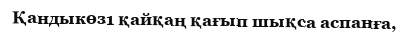
Қандыкөз1 қайқаң қағып шықса аспанға,